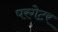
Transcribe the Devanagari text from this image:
परगेटर